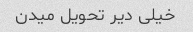
خیلی دیر تحویل میدن